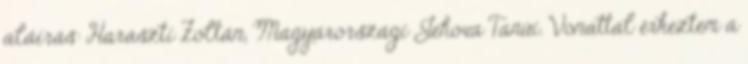
aláírás: Haraszti Zoltán, Magyarországi Jehova Tanúi. Vonattal érkeztem a